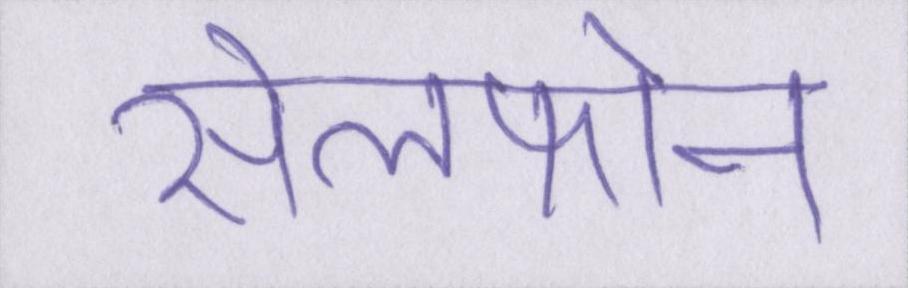
सेलफोन